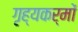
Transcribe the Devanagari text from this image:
गृह्यकर्मों